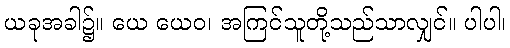
ယခုအခါ၌။ ယေ ယေဝ၊ အကြင်သူတို့သည်သာလျှင်။ ပါပါ၊